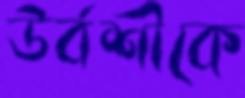
উর্বশীকে